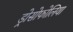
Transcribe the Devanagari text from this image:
ड्रोसोफोलिया